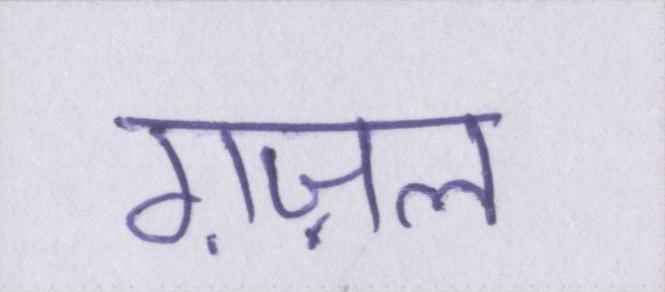
ग़ज़ल